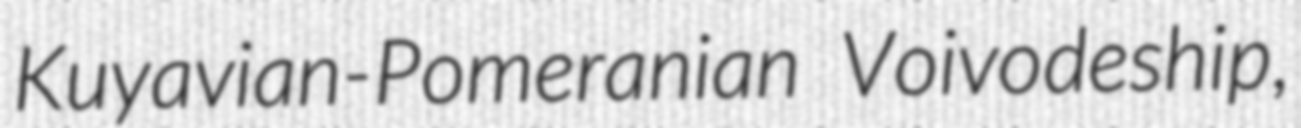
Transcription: Kuyavian-Pomeranian Voivodeship,